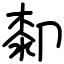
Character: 厀